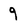
Character: 9